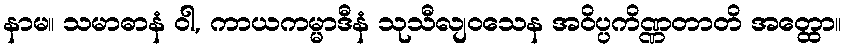
နာမ။ သမာဓာနံ ဝါ, ကာယကမ္မာဒီနံ သုသီလျဝသေန အဝိပ္ပကိဏ္ဏတာတိ အတ္ထော။